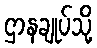
ဌာနချုပ်သို့